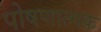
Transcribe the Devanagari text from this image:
पोषणात्मक